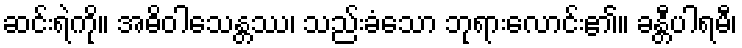
ဆင်းရဲကို။ အဓိဝါသေန္တဿ၊ သည်းခံသော ဘုရားလောင်း၏။ ခန္တီပါရမီ၊